Annual administration report of the Civil Veterinary Department of India - 1895-1896
Year: 1895
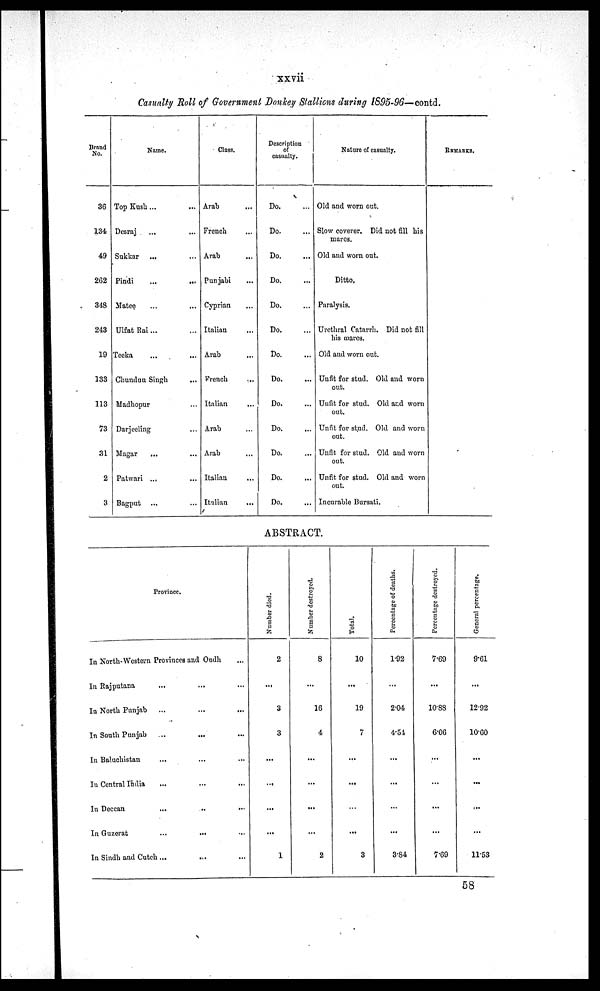
xxvii
Casualty Roll of Government Donkey Stallions during 1895-96—contd.
Brand
No.
36
134
49
262
348
243
19
133
113
73
31
2
3
Name.
Top Kush ... ...
Desraj ... ...
Sukkar ... ...
Pindi ... ...
Matee ... ...
Ulfat Rai ... ...
Teeka ... ...
Chundun Singh ...
Madhopur ...
Darjeeling ...
Magar
... ...
Patwari ... ...
Bagput ... ...
Class.
Arab...
French...
Arab...
Punjabi...
Cyprian...
Italian...
Arab...
French...
Italian...
Arab...
Arab...
Italian...
Italian...
Description
of
casually.
Do. ...
Do. ...
Do. ...
Do. ...
Do. ...
Do. ...
Do. ...
Do. ...
Do. ...
Do. ...
Do. ...
Do. ...
Do. ...
Nature of casualty.
Old and worn out.
Slow coverer. Did not fill his
mares.
Old and worn out.
Ditto.
Paralysis.
Urethral Catarrh. Did not fill
his mares.
Old and worn out.
Unfit for stud. Old and worn
out.
Unfit for stud. Old and worn
out.
Unfit for stud. Old and worn
out.
Unfit for stud. Old and worn
out.
Unfit for stud. Old and worn
out.
Incurable Bursati.
REMARKS.
ABSTRACT.
Province.
In North-Western Provinces and Oudh ...
In Rajputana ... ... ...
In North Punjab ... ... ...
In South Punjab ... ... ...
In Baluchistan ... ... ...
In Central India ... ... ...
In Deccan ... ... ...
In Guzerat ... ... ...
In Sindh and Cutch ... ... ...
Number died.
2
...
3
3
...
...
...
...
1
Number destroyed.
8
...
16
4
...
...
...
...
2
Total.
10
...
19
7
...
...
...
...
3
Percentage of deaths.
1.92
...
2.04
4.54
...
...
...
...
3.84
Percentage destroyed.
7.69
...
10.88
6.06
...
...
...
...
7.69
General percentage.
9.61
...
12.92
10.60
...
...
...
...
11.53
58